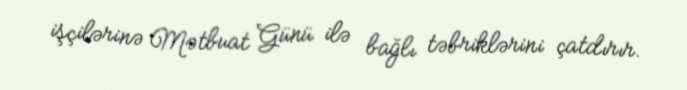
işçilərinə Mətbuat Günü ilə bağlı təbriklərini çatdırır.